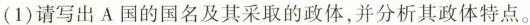
(1)请写出A国的国名及其采取的政体，并分析其政体特点。